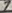
Text: 7